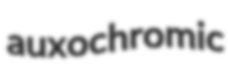
auxochromic